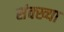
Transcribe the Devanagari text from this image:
संक्ख्या